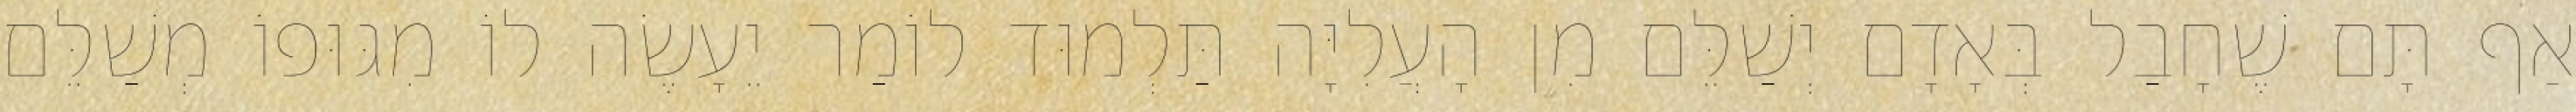
אַף תָּם שֶׁחָבַל בְּאָדָם יְשַׁלֵּם מִן הָעֲלִיָּה תַּלְמוּד לוֹמַר יֵעָשֶׂה לוֹ מִגּוּפוֹ מְשַׁלֵּם